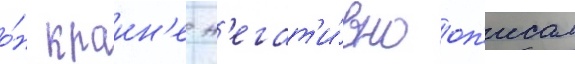
о́н краин'е н'егат'и́вно оп'исал